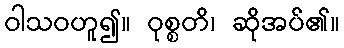
ဝါသဝဟူ၍။ ဝုစ္စတိ၊ ဆိုအပ်၏။